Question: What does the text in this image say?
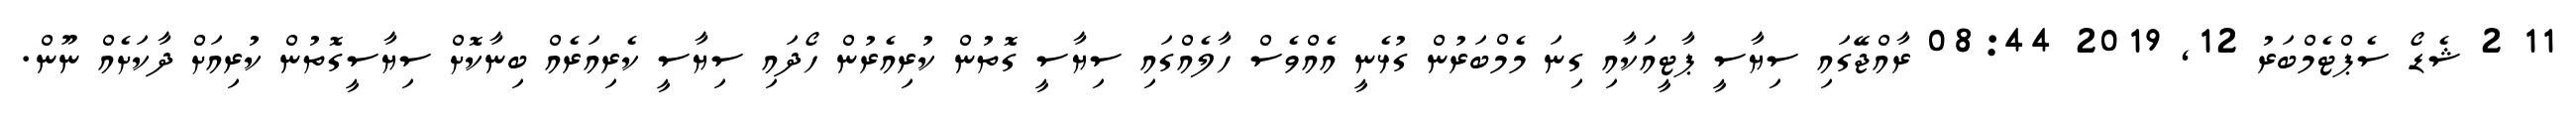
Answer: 11 2 ޝެޑޯ ސެޕްޓެމްބަރު 12, 2019 08:44 ރާއްޖޭގައި ސިޔާސީ ޕާޓީއަކާއި ގިނަ މެމްބަރުން ގުޅެނީ އެއްވެސް ހާލެއްގައި ސިޔާސީ ގޮތުން ކުރިއެރުން ހޯދައި ސިޔާސީ ކެރިއަރެއް ބިނާކޮށް ސިޔާސީގޮތުން ކުރިއަށް ދާކަށެއް ނޫން.